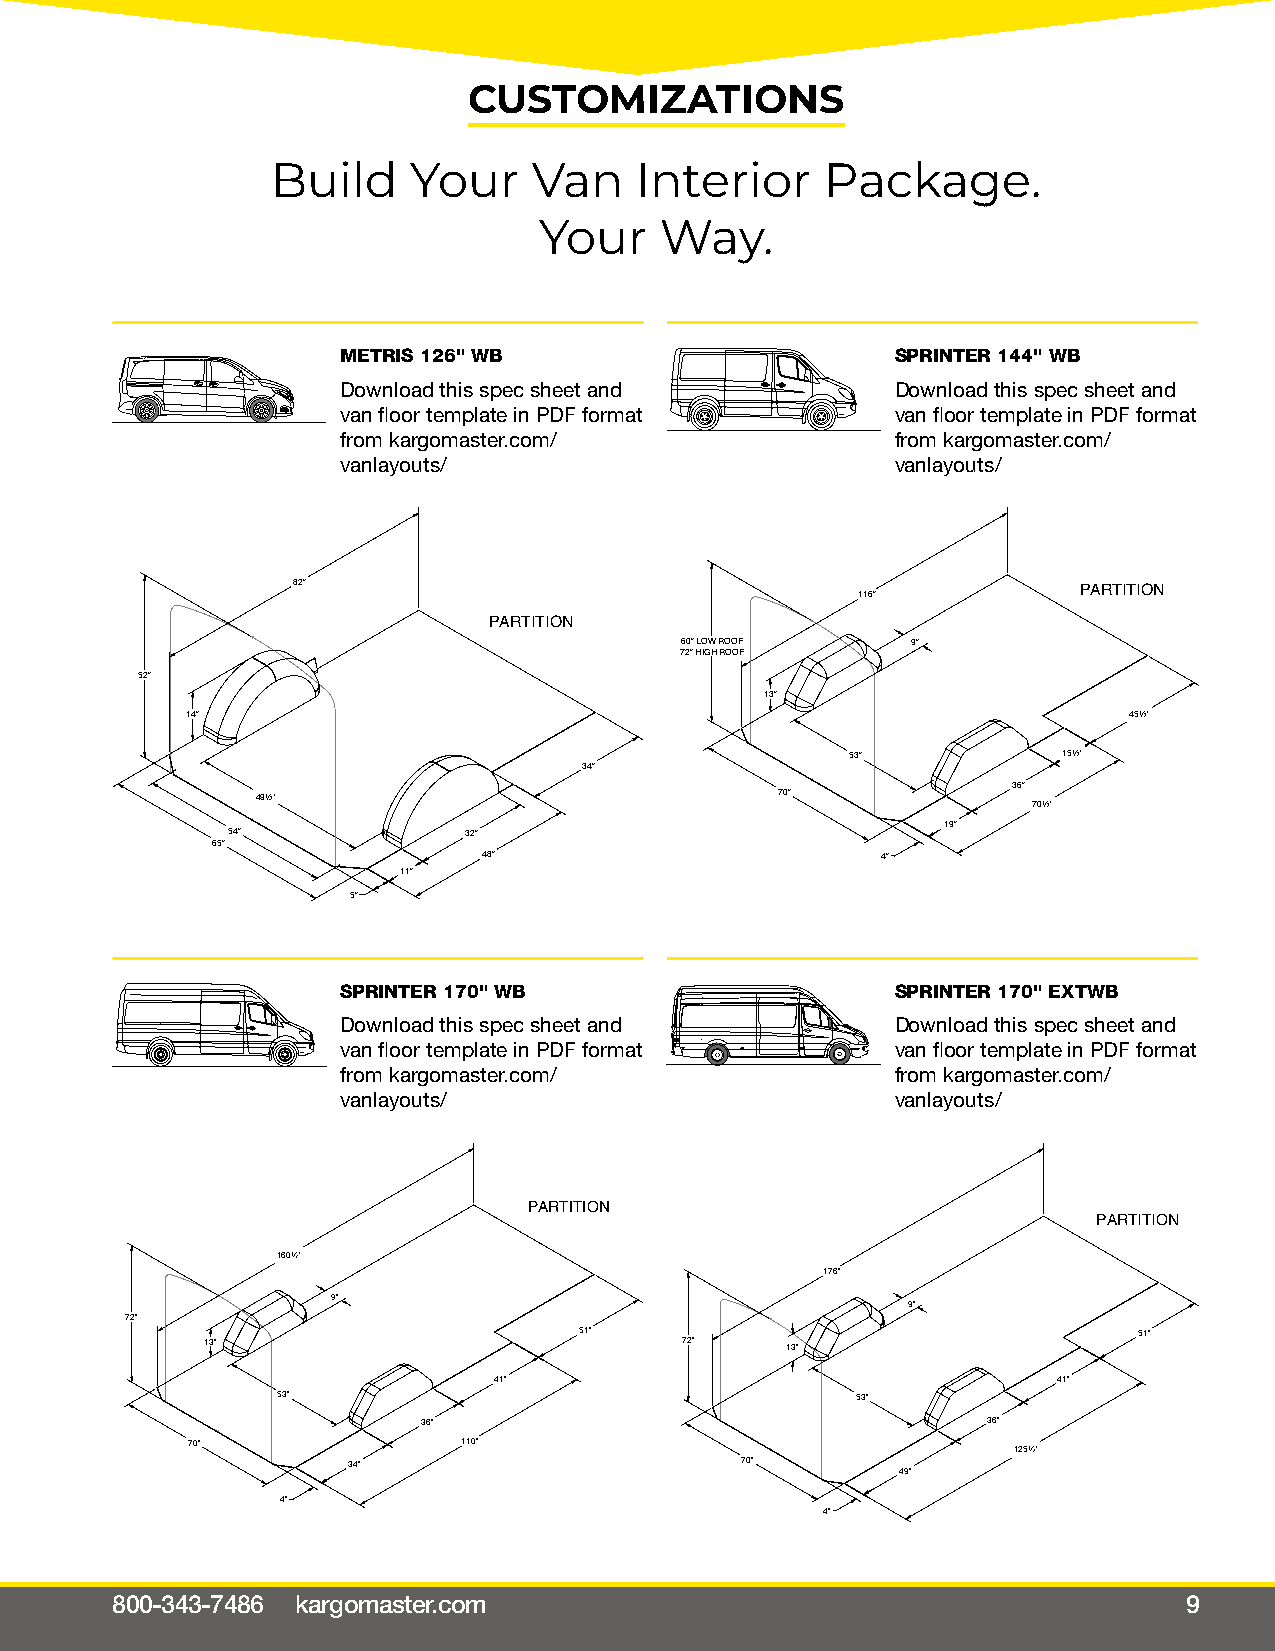
CUSTOMIZATIONS
 Build    Your    Van    Interior     Package.
 Your    Way.
 METRIS 126" WB                      SPRINTER 144" WB
 Download this spec sheet and        Download this spec sheet and
 van floor template in PDF format    van floor template in PDF format
 from kargomaster.com/               from kargomaster.com/
 vanlayouts/                         vanlayouts/
 82"                                   116"          PARTITION
 PARTITION
 60" LOW ROOF   9"
 72" HIGH ROOF
 52"
 13"
 14"                                                            452"
 53"           152"
 34"
 36"
 492"                               70"
 702"
 19"
 54"             32"
 65"
 48"                       4"
 11"                                         VAN:Sprinter 144
 5"
 VAN:Metris 126
 SPRINTER 170" WB                    SPRINTER 170" EXTWB
 Download this spec sheet and        Download this spec sheet and
 van floor template in PDF format    van floor template in PDF format
 from kargomaster.com/               from kargomaster.com/
 vanlayouts/                         vanlayouts/
 PARTITION
 PARTITION
 1602"
 176"
 9"
 9"
 72"
 51"                                  51"
 13"                            72"    13"
 41"                                  41"
 53"                                    53"
 36"                                  36"
 70"                110"                                1252"
 34"                       70"
 49"
 4"
 4"
 VAN:Sprinter 170
 VAN:Sprinter 170 EXT
 800-343-7486 kargomaster.com                                            9